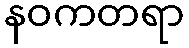
နဝကတရာ